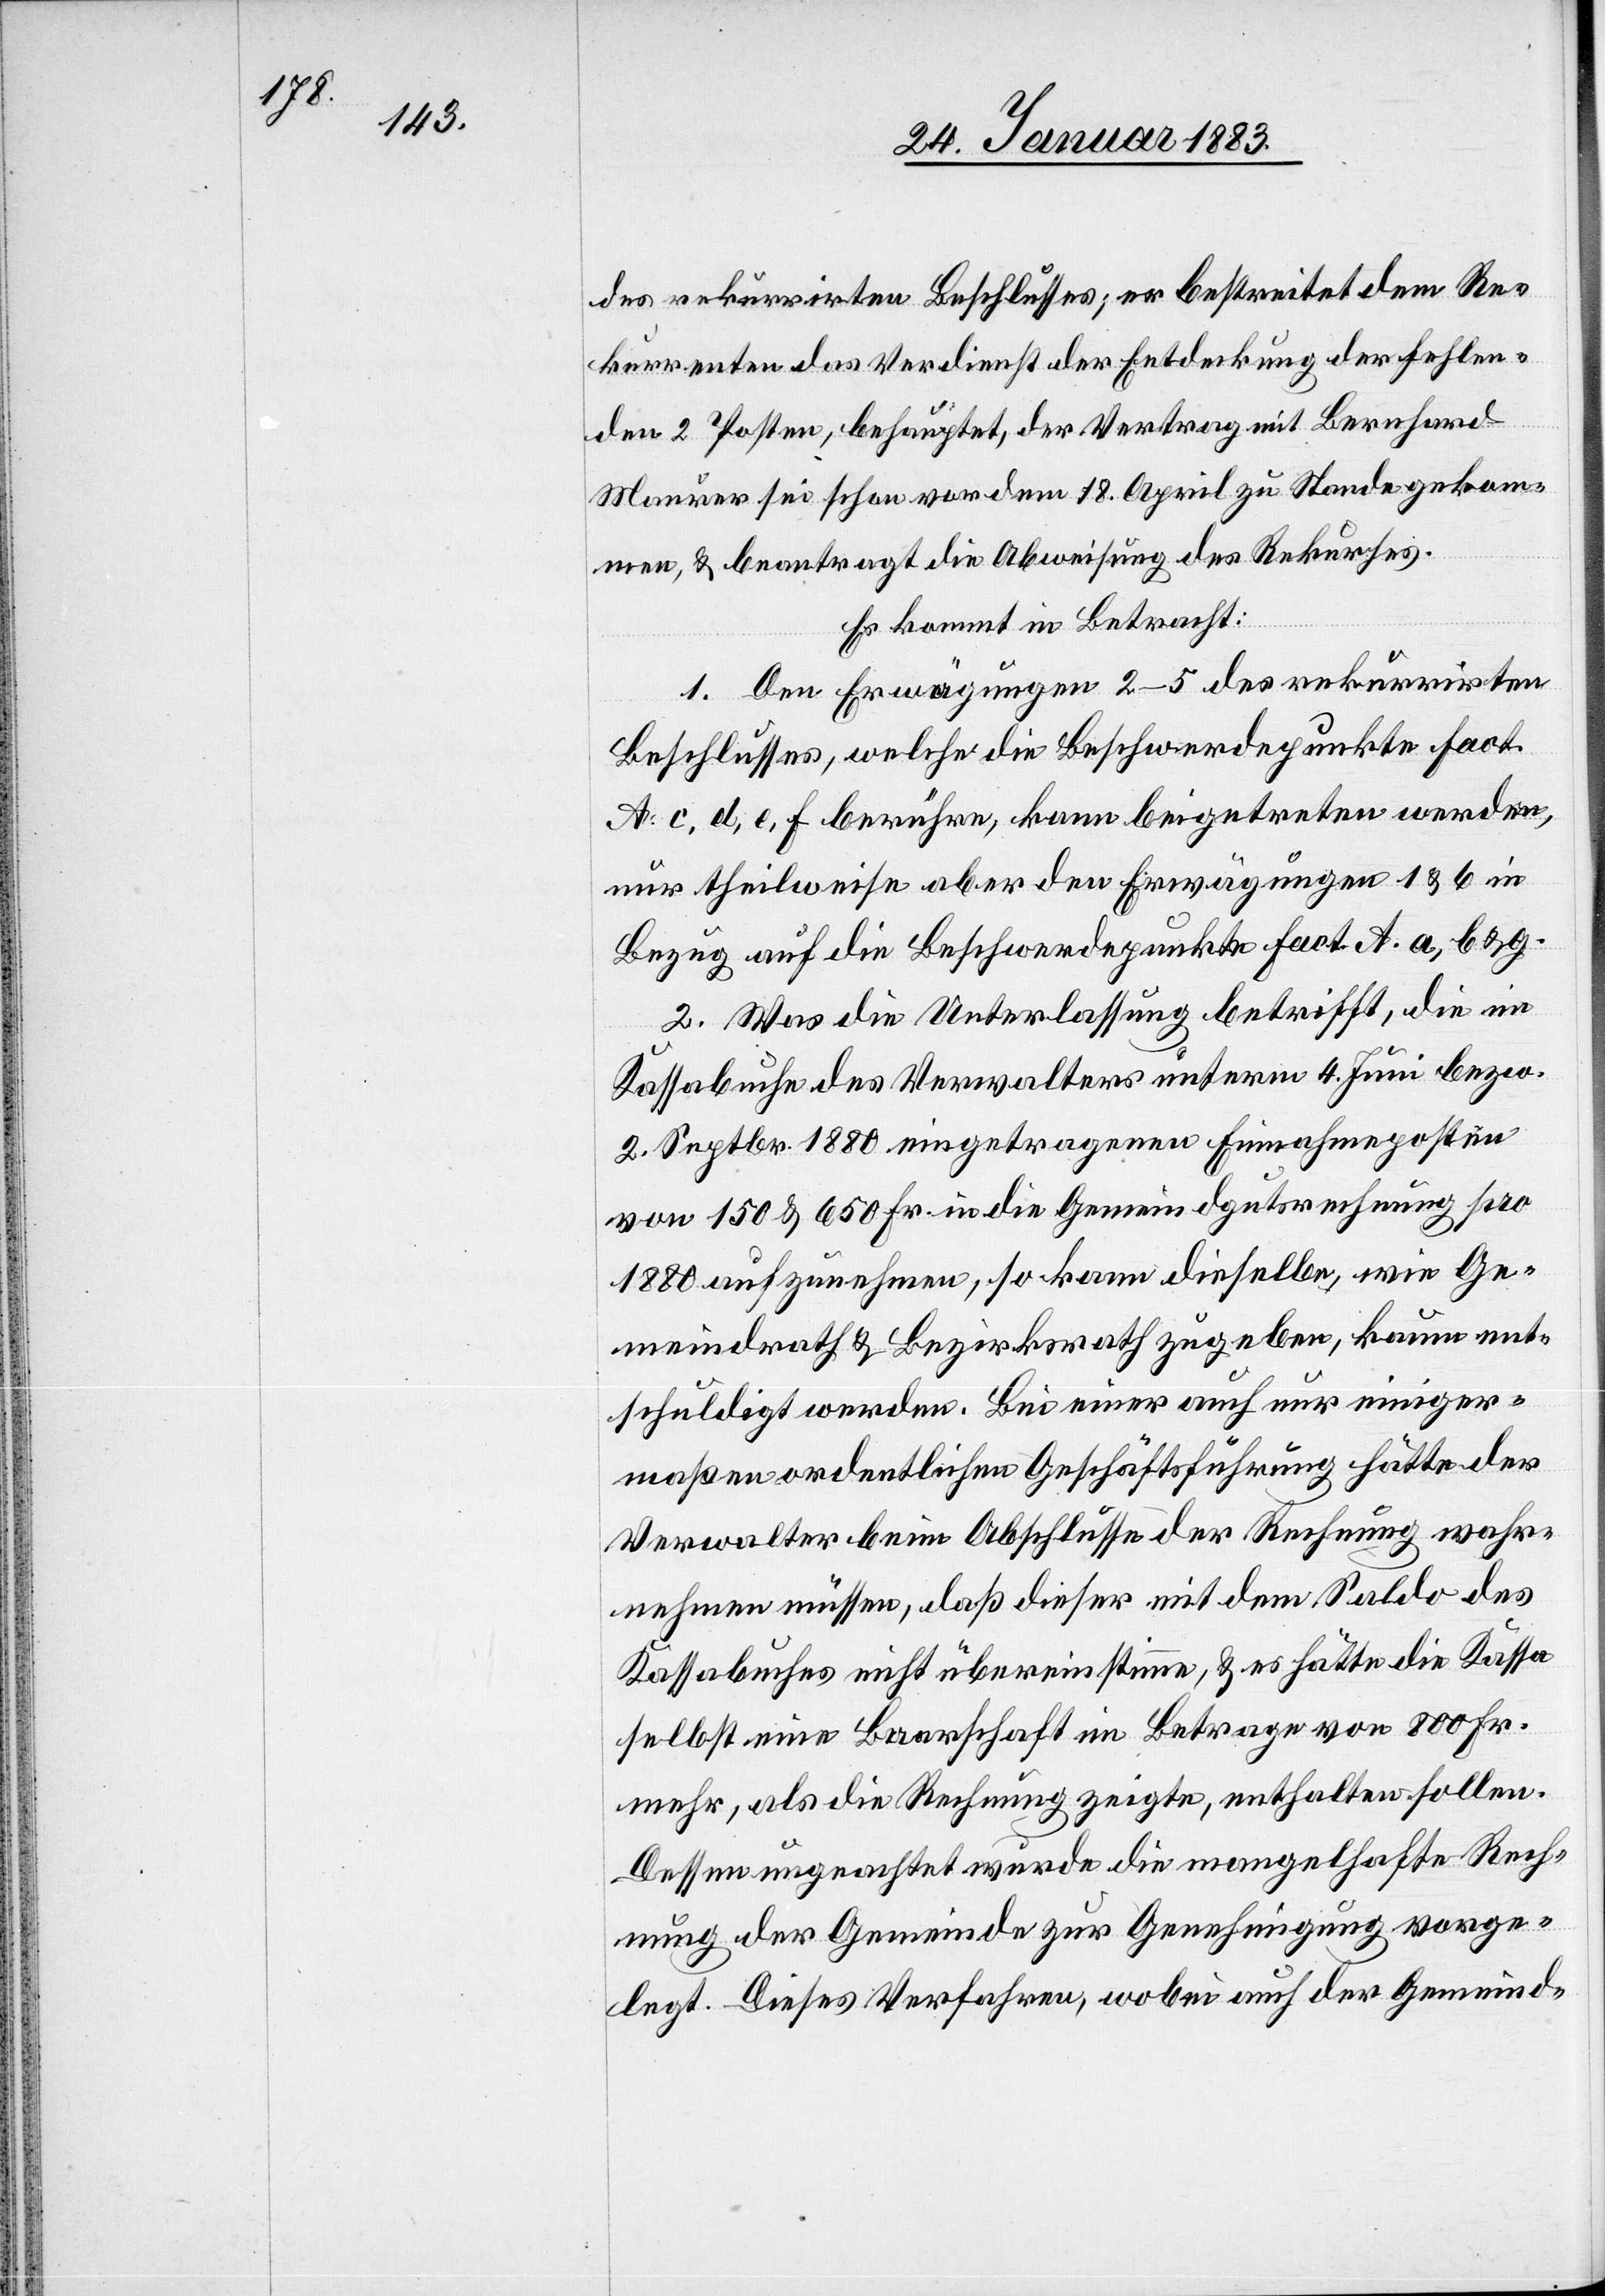
des rekurrirten Beschlusses; er bestreitet dem Re¬
kurrenten das Verdienst der Entdeckung der fehlen¬
den 2 Posten, behauptet, der Vertrag mit Bernhard
Maurer sei schon vor dem 18. April zu Stande gekom¬
men, & beantragt die Abweisung des Rekurses.
Es kommt in Betracht:
1. Den Erwägungen 2–5 des rekurrirten
Beschlusses, welche die Beschwerdepunkte Fact.
A. c, d, e, f berühre [sic!], kann beigetreten werden,
nur theilweise aber den Erwägungen 1 & 6 in
Bezug auf die Beschwerdepunkte Fact. A. a, b & g.
2. Was die Unterlassung betrifft, die im
Kassabuche des Verwalters unterm 4. Juni bezw.
2. Septbr. 1882 eingetragenen Einnahmeposten
von 150 & 650 Fr. in die Gemeindgutsrechnung pro
1880 aufzunehmen, so kann dieselbe, wie Ge¬
meindrath & Bezirksrath zugeben, kaum ent¬
schuldigt werden. Bei einer auch nur einiger¬
maßen ordentlichen Geschäftsführung hätte der
Verwalter beim Abschlusse der Rechnung wahr¬
nehmen müssen, daß dieser mit dem Saldo des
Kassabuches nicht übereinstimme, & es hätte die Kassa
selbst eine Baarschaft im Betrage von 800 Fr.
mehr, als die Rechnung zeigte, enthalten sollen.
Dessen ungeachtet wurde die mangelhafte Rech¬
nung der Gemeinde zur Genehmigung vorge¬
legt. Dieses Verfahren, wobei auch der Gemeind-